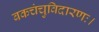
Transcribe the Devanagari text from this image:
बकचंचुविदारणः।